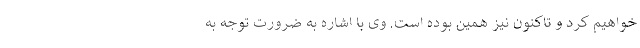
خواهیم کرد و تاکنون نیز همین بوده است. وی با اشاره به ضرورت توجه به